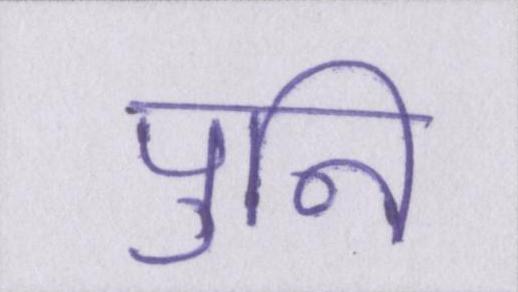
पुनि